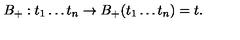
B _ { + } : t _ { 1 } \ldots t _ { n } \to B _ { + } ( t _ { 1 } \ldots t _ { n } ) = t .